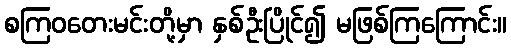
စကြဝတေးမင်းတို့မှာ နှစ်ဦးပြိုင်၍ မဖြစ်ကြကြောင်း။